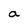
Character: a